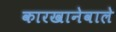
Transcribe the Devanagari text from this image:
कारखानेवाले